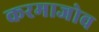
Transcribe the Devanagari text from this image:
करमाजोव